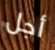
أجل